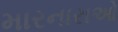
મારનારાઓ